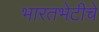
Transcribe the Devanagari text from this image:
भारतभेटीचे